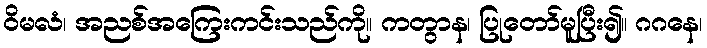
ဝိမလံ၊ အညစ်အကြေးကင်းသည်ကို။ ကတွာန၊ ပြုတော်မူပြီး၍။ ဂဂနေ၊